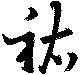
祐